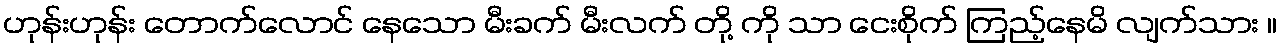
ဟုန်းဟုန်း တောက်လောင် နေသော မီးခက် မီးလက် တို့ ကို သာ ငေးစိုက် ကြည့်နေမိ လျက်သား ။